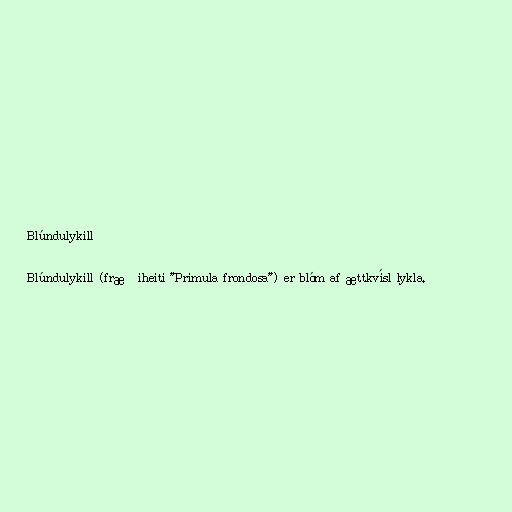
Blúndulykill

Blúndulykill (fræðiheiti "Primula frondosa") er blóm af ættkvísl lykla.